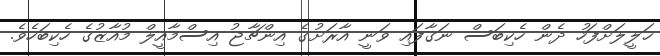
ޚަލީލަށްފަހު ދެން ހެކިބަސް ނަގާފައި ވަނީ އާރަށުގެ އިންޗާޖު އިސްމާއީލް މުއާޒުގެ ހެކިބަހެވެ.